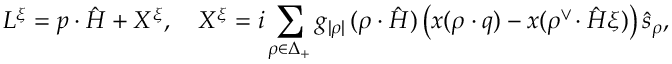
L ^ { \xi } = p \cdot \hat { H } + X ^ { \xi } , \quad X ^ { \xi } = i \sum _ { \rho \in \Delta _ { + } } g _ { | \rho | } \, ( \rho \cdot \hat { H } ) \left( x ( \rho \cdot q ) - x ( \rho ^ { \vee } \! \cdot \hat { H } \xi ) \right) \hat { s } _ { \rho } ,